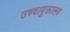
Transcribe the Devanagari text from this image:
उच्चायुक्तालय